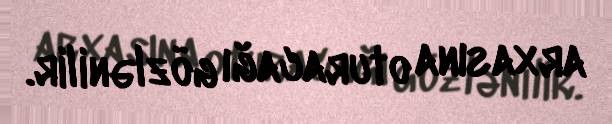
arxasına oturacağı gözlənilir.